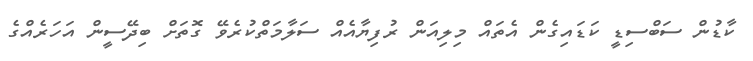
ކާޑުން ސަބްސިޑީ ކަޑައިގެން އެތައް މިލިއަން ރުފިޔާއެއް ސަލާމަތްކުރެވޭ ގޮތަށް ބިދޭސީން އަހަރެއްގެ